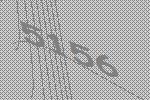
5156